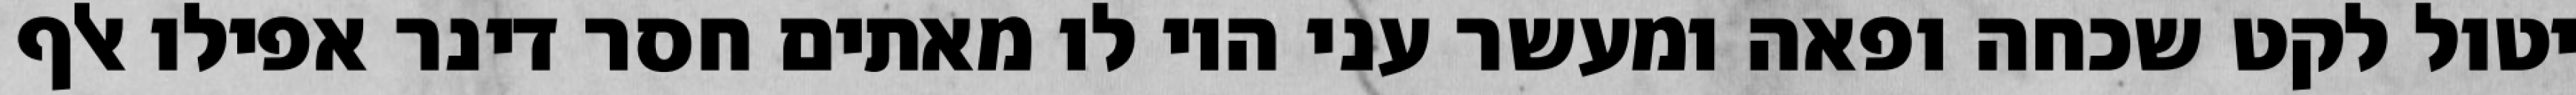
יטול לקט שכחה ופאה ומעשר עני היו לו מאתים חסר דינר אפילו אלף